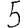
Digit: 5